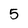
Character: 5